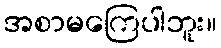
အစာမကြေပါဘူး။